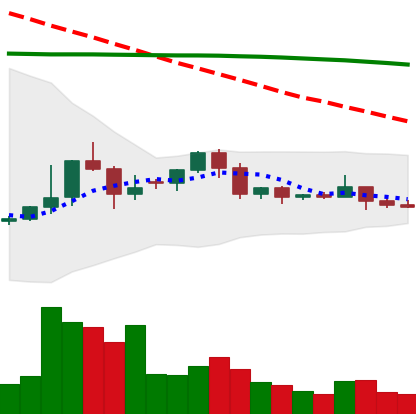
Ticker: ETC-USD
Chart end date: 2022-06-09
Forward return: -30.902%
Label: down_7plus